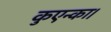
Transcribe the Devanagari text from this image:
कुएन्का।